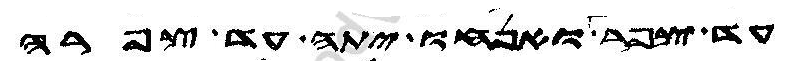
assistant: עד צפר ואנחו יתה עד צפרה